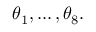
\theta _ { 1 } , \dots , \theta _ { 8 } .